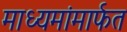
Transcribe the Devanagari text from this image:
माध्यमांमार्फत